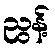
ညွန့်